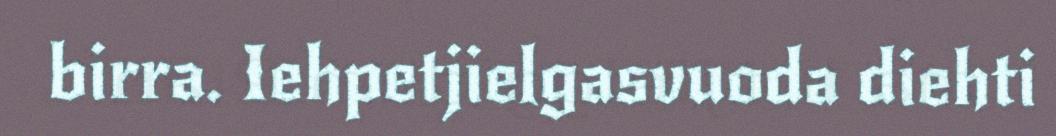
birra. Iehpetjielgasvuoda diehti